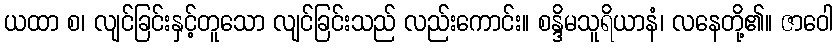
ယထာ စ၊ လျင်ခြင်းနှင့်တူသော လျင်ခြင်းသည် လည်းကောင်း။ စန္ဒိမသူရိယာနံ၊ လနေတို့၏။ ဇာဝေါ